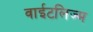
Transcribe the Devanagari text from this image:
वाईटलिज्म